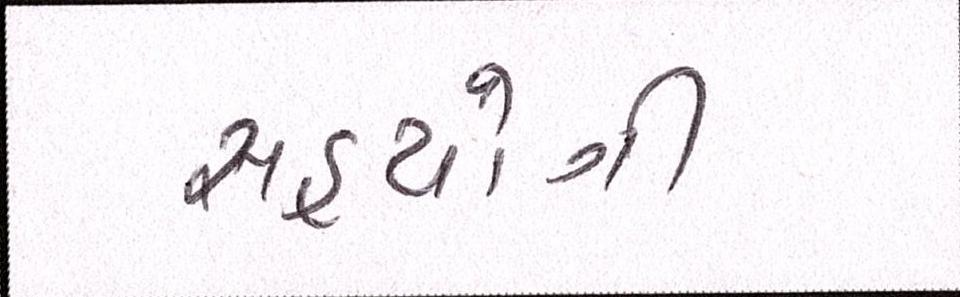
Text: સહયોગી